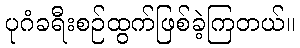
ပုဂံခရီးစဉ်ထွက်ဖြစ်ခဲ့ကြတယ်။